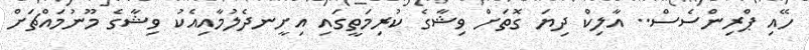
ހޭއި ޕްރިންސެސް.. އާލިކް ދިޔަ ގޮތަށް ވިޝާގެ ކުރިމަތީގައި އިށީނދެލުމާއިއެކު ވިޝާގެ މޫނުމައްޗަށް